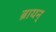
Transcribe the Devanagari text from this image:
ब्रायन्